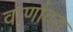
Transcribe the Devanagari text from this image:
वार्णावत